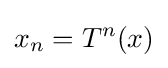
x_{n}=T^{n}(x)